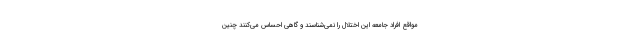
مواقع افراد جامعه این اختلال را نمی‌شناسند و گاهی احساس می‌کنند چنین